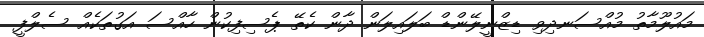
މައުލޫމާތު މުއްސަނދިވި ޑިޒްނީލޭންޑް ބަލައިލަން ދާން ކެތޭ ޕެސިފިކުން ހާއްސަ އަގުތަކެއް ސެލްފީ